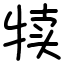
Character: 犊